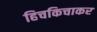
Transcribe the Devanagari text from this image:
हिचकिचाकर